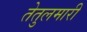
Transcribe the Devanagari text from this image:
तेतुलमारी